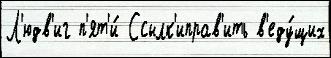
Л'юдв'иг п'ят'и́ Ссылк'иправ'ить в'еду́щих